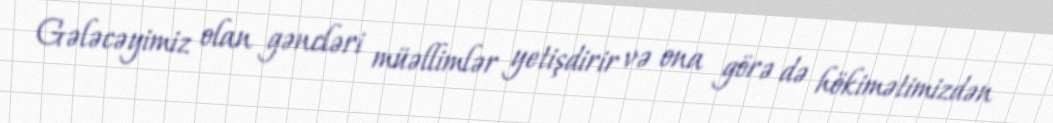
Gələcəyimiz olan gəncləri müəllimlər yetişdirir və ona görə də hökimətimizdən